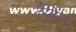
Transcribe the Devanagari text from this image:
ट्रैंकिंग